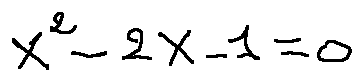
X ^ { 2 } - 2 X - 1 = 0